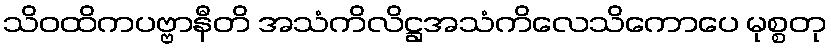
သိဝထိကပဗ္ဗာနီတိ အသံကိလိဋ္ဌအသံကိလေသိကောပေ မုစ္စတု